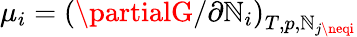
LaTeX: \mu_{i}=\left({\partialG}/{\partial\mathbb{N}_{i}}\right)_{T,p,\mathbb{N}_{j\neqi}}